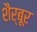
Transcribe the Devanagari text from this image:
शैर्बूर